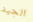
الجيد